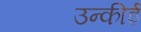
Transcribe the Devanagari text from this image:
उन्कीई